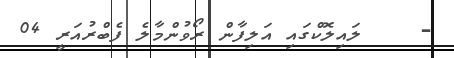
-    ލައިލޮކްގައި އަލިފާން ރޯވުންމާލެ ފެބްރުއަރީ 04